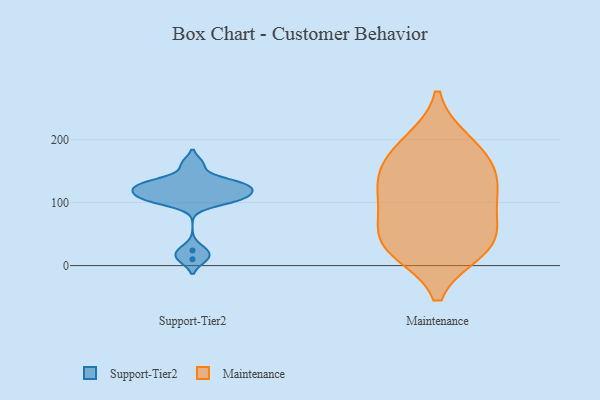
{"axis": {"x": "LTV (USD)", "y": "Value"}, "legend": ["Maintenance", "Support-Tier2"], "data": [{"x": "", "y": 123, "type": "Support-Tier2"}, {"x": "", "y": 132, "type": "Support-Tier2"}, {"x": "", "y": 10, "type": "Support-Tier2"}, {"x": "", "y": 134, "type": "Support-Tier2"}, {"x": "", "y": 24, "type": "Support-Tier2"}, {"x": "", "y": 125, "type": "Support-Tier2"}, {"x": "", "y": 161, "type": "Support-Tier2"}, {"x": "", "y": 124, "type": "Support-Tier2"}, {"x": "", "y": 103, "type": "Support-Tier2"}, {"x": "", "y": 107, "type": "Support-Tier2"}, {"x": "", "y": 109, "type": "Support-Tier2"}, {"x": "", "y": 106, "type": "Support-Tier2"}, {"x": "", "y": 34, "type": "Maintenance"}, {"x": "", "y": 93, "type": "Maintenance"}, {"x": "", "y": 183, "type": "Maintenance"}, {"x": "", "y": 155, "type": "Maintenance"}, {"x": "", "y": 142, "type": "Maintenance"}, {"x": "", "y": 40, "type": "Maintenance"}, {"x": "", "y": 195, "type": "Maintenance"}, {"x": "", "y": 39, "type": "Maintenance"}, {"x": "", "y": 124, "type": "Maintenance"}, {"x": "", "y": 99, "type": "Maintenance"}, {"x": "", "y": 26, "type": "Maintenance"}]}